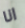
انا